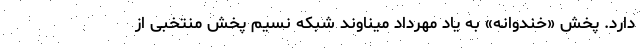
دارد. پخش «خندوانه» به یاد مهرداد میناوند شبکه نسیم پخش منتخبی از